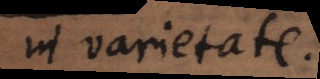
in varietate